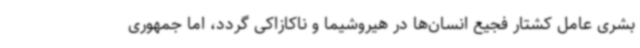
بشری عامل کشتار فجیع انسان‌ها در هیروشیما و ناکازاکی گردد، اما جمهوری